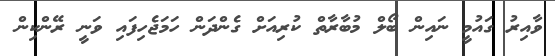
ވާއިރު ގައުމީ ނައިން ބޯލް މުބާރާތް ކުރިއަށް ގެންދަން ހަމަޖެހިފައި ވަނީ ރޭންކިން